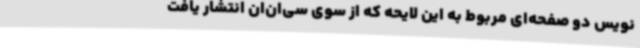
نویس دو صفحه‌ای مربوط به این لایحه که از سوی سی‌ان‌ان انتشار یافت